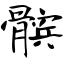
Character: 髌